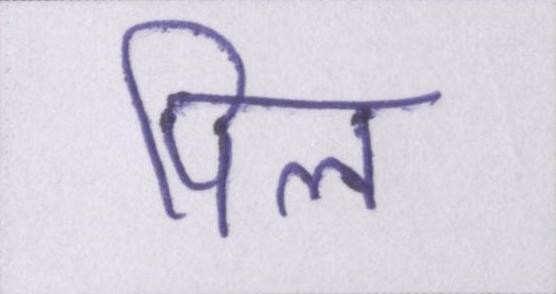
पिल